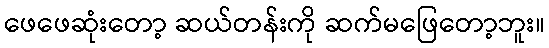
ဖေဖေဆုံးတော့ ဆယ်တန်းကို ဆက်မဖြေတော့ဘူး။